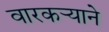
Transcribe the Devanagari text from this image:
वारकर्‍याने